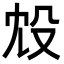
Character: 㱽